Juuru_vallavalitsus, lk 32
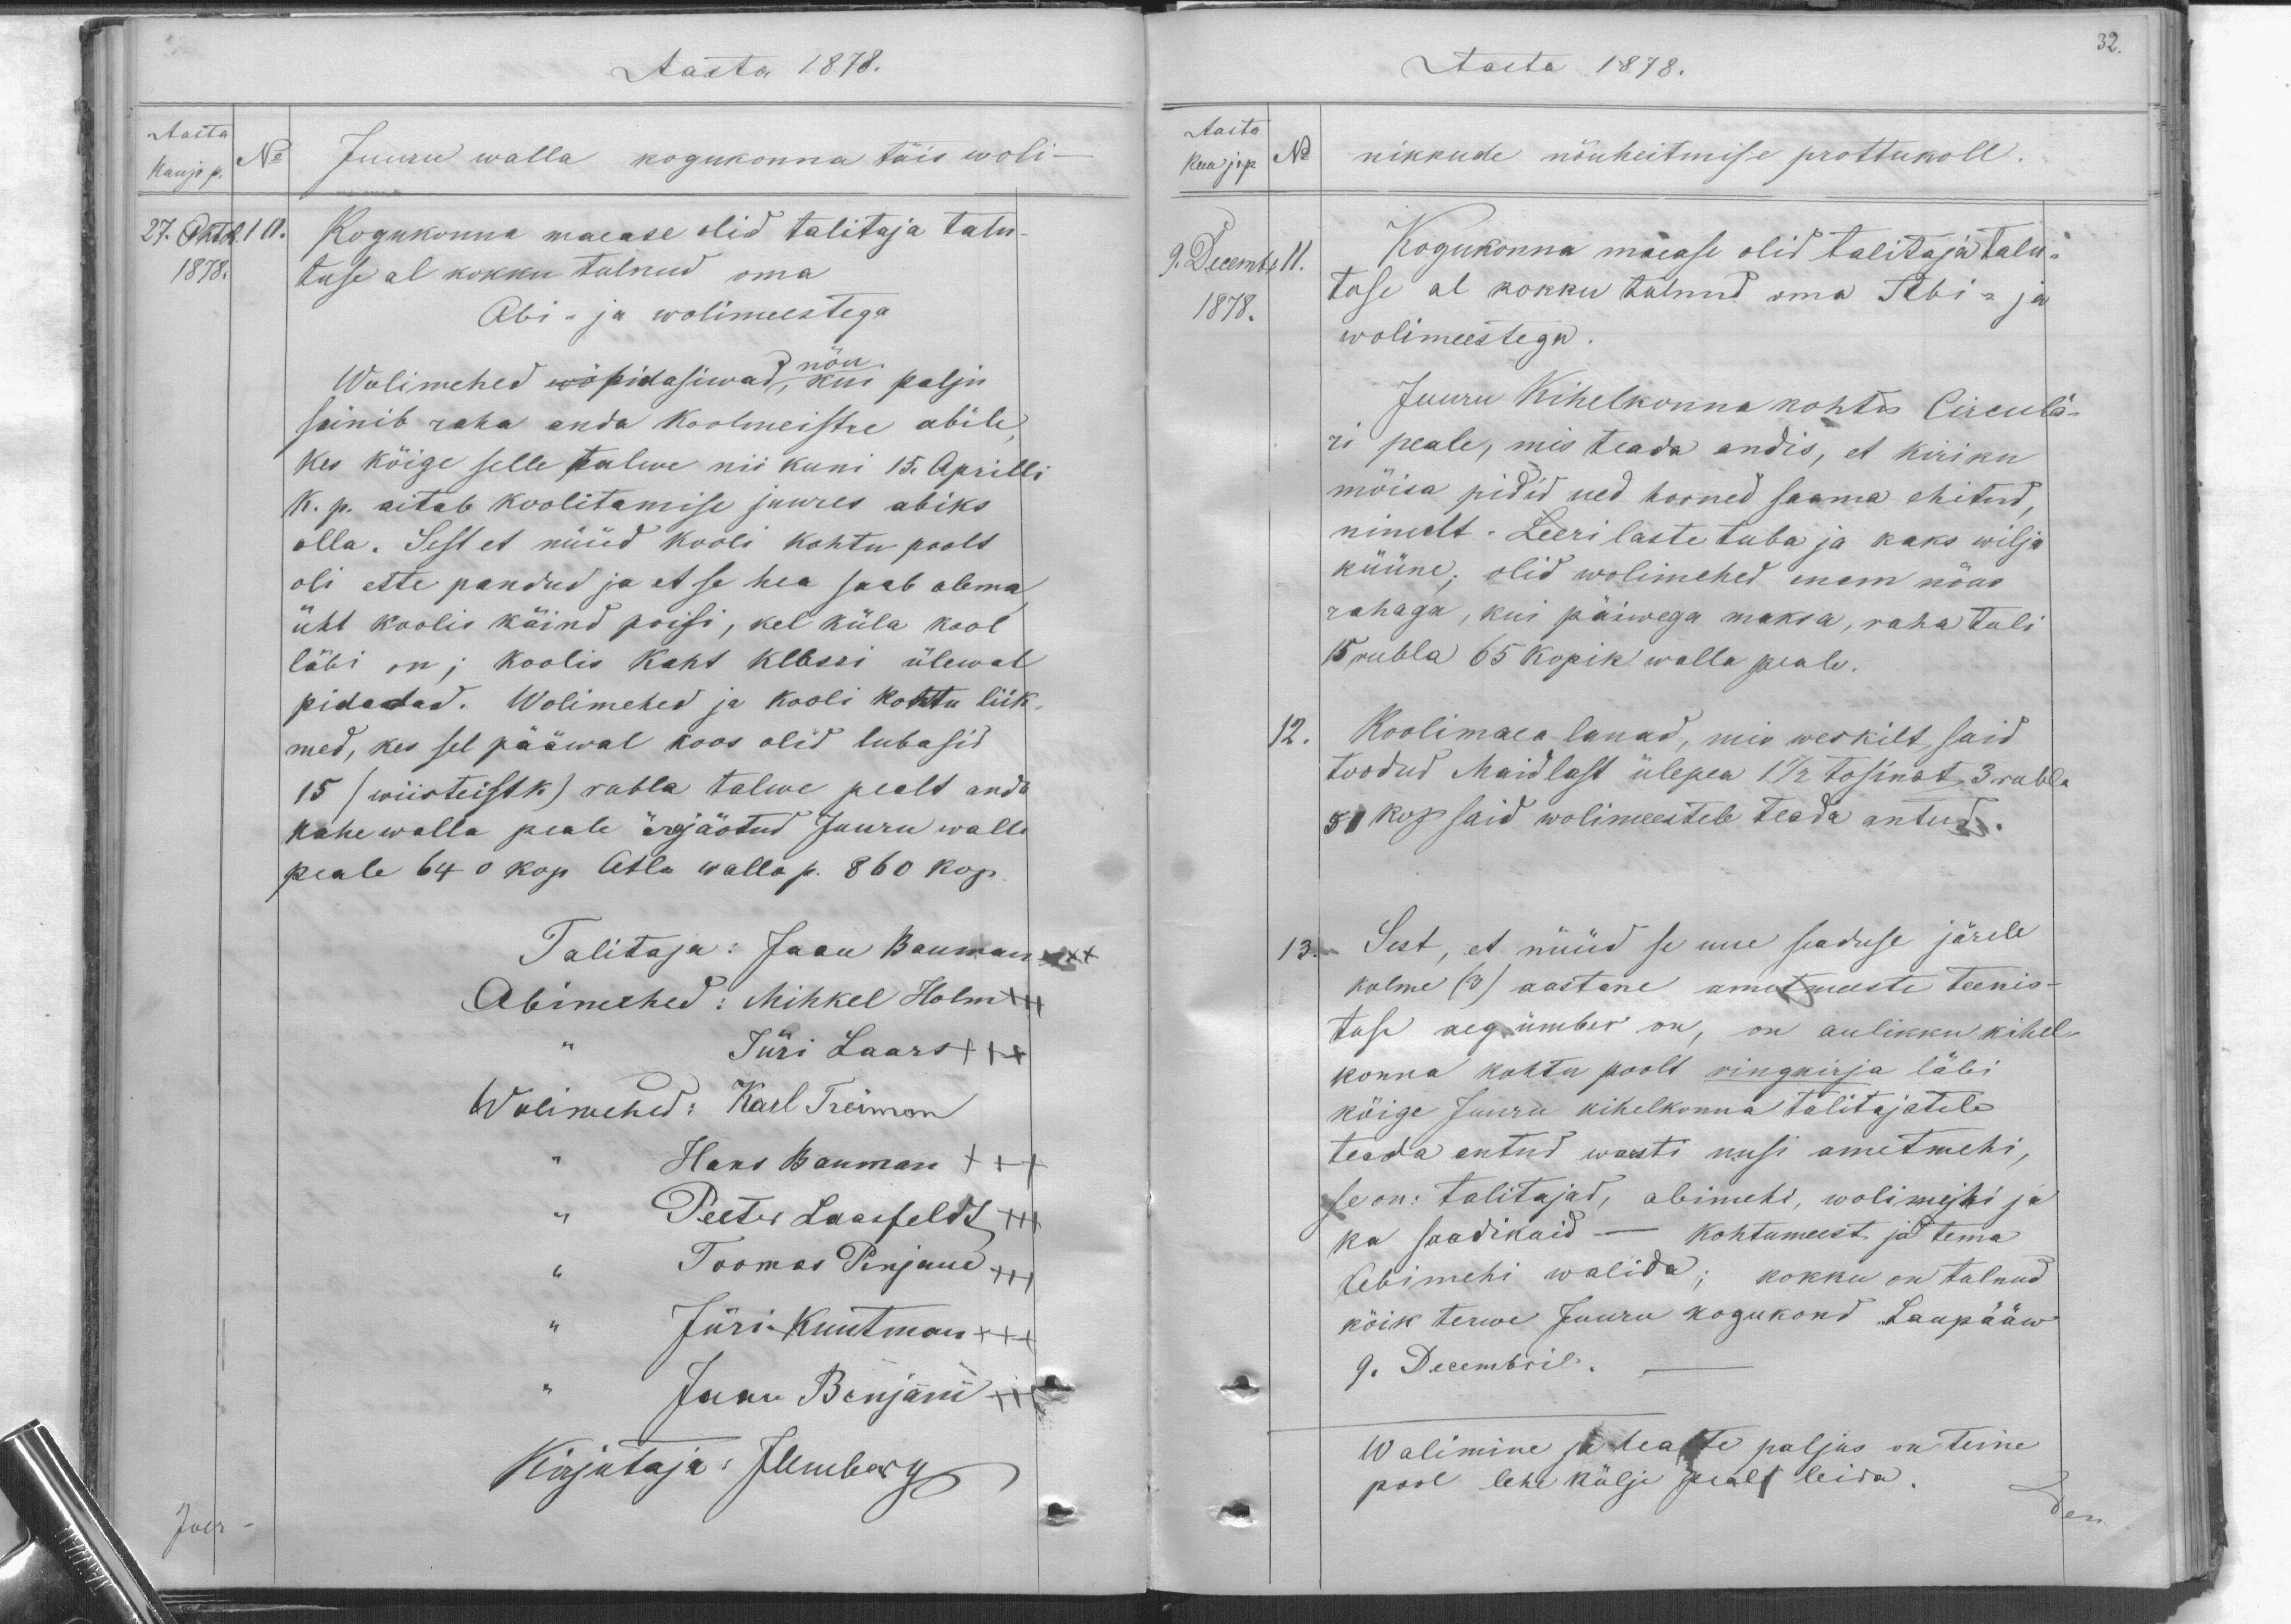
Aasta 1878.
Aasta
Kuu ja p.
No
27. Oktob. 10.
1878.
Juuru walla kogukonna täis woli-
Kogukonna maese olid talitaja talu-
tuse al kokku tulnud oma
Abi- ja wolimestega
Wolimehed wõ pidasiwad nõu, kui palju
sünib raha anda koolmeistre abile
Kes kõige selle talwe nii kuni 15. Aprilli
K. p. aitab koolitamise juures abiks
olla. Sest et nüüd kooli kohtu poolt
oli ette pandud ja et se hea saab olema
üht koolis käind poisi, kel küla kool
läbi on; koolis koht klassi ülewal
pidadad. Wolimehed ja kooli kohtu liik-
med, kes sel pääwal koos olid lubasid
15 (wiisteist r.) rubla talwe pealt anda
kahe walla peale ärajaotud Juuru walla
peale 640 kop Atla walla ja. 860 kop.
Talitaja: Jaan Baumann
Abimehed: Mihkel Holm
Jüri Laars +++
Wolimehed: Karl Treiman
Hans Bauman +++
Peeter Laasfeldt
Toomas Penjam +++
Jüri Kuutman +++
Jaan Benjam
Kirjutaja: J Umberg

Aasta 1878.
32.
Aasta
kuu ja p No
9 Decembr 11.
1878.
nikkude nõuheitmise prottukoll.
Kogukonna maease olid talitaja talu-
tase al kokku tulnud oma Abi- ja
wolimeestega.
Juuru Kihelkonna kohto Circula-
ri peale, mis teada andis, et kiriku
mõisa pidid ued hooned saama ehitud,
nimelt - Leeri laste tuba ja kaks wilja-
küüne; olid wolimehed enem nõus
rahaga, kui päiwega maksa, raha tuli
15 rubla 65 kopik walla peale.
12.
Koolimaea lauad, mis weskilt, said
toodud Maidlast ülepea 1 1/2 tosinat, 3 rubla
51 kop said wolimeestele teada antud.
13.
Sest, et nüüd se uue seaduse järele
kolme (3) aastane ametmeeste teenis-
tuse aeg ümber on, on aulikku kihel-
konna kohtu poolt ringkirja läbi
kõige Juuru kihelkonna talitajatele
teada antud warsti uusi ametmehi,
se on: talitajad, abimehi, wolimehi ja
ka saadikuid - kohtumeest ja tema
Abimehi walida; kokku on tulnud
kõik terwe Juuru kogukond Laupääw
9. Decembril
Walimine ja pealte paljus on teine
pool lehe külja pealt leida.